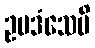
ဥပဒံသေမိ